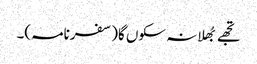
تجھے بُھلا نہ سکوں گا(سفرنامہ)۔